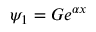
\psi _ { 1 } = G e ^ { \alpha x } \,